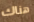
هناك